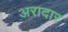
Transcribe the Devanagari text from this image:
अरादार